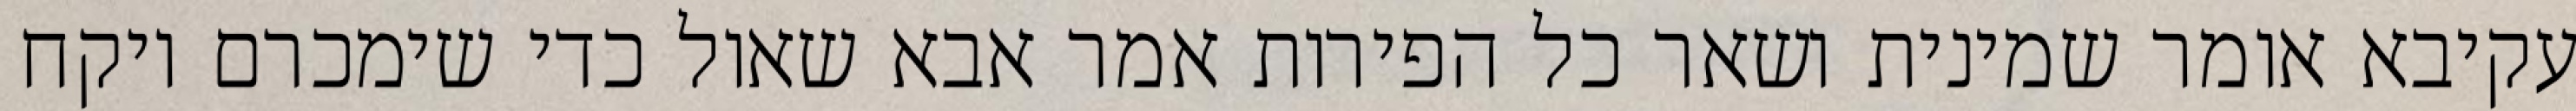
עקיבא אומר שמינית ושאר כל הפירות אמר אבא שאול כדי שימכרם ויקח